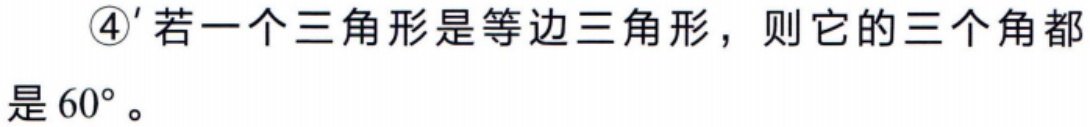
$\textcircled{4}^{\prime}$若一个三角形是等边三角形，则它的三个角都是$60^{\circ}$。